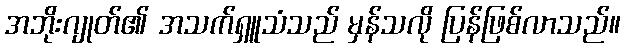
အဘိုးဂျုတ်၏ အသက်ရှူသံသည် မှန်သလို ပြန်ဖြစ်လာသည်။